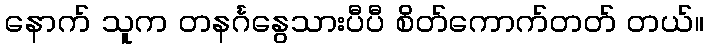
နောက် သူက တနင်္ဂနွေသားပီပီ စိတ်ကောက်တတ် တယ်။